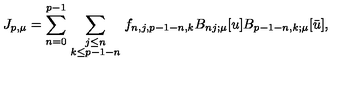
J _ { p , \mu } = \sum _ { n = 0 } ^ { p - 1 } \sum _ { { \scriptstyle j \le n } \atop { \scriptstyle k \le p - 1 - n } } f _ { n , j , p - 1 - n , k } B _ { n j ; \mu } [ u ] B _ { p - 1 - n , k ; \mu } [ \bar { u } ] ,